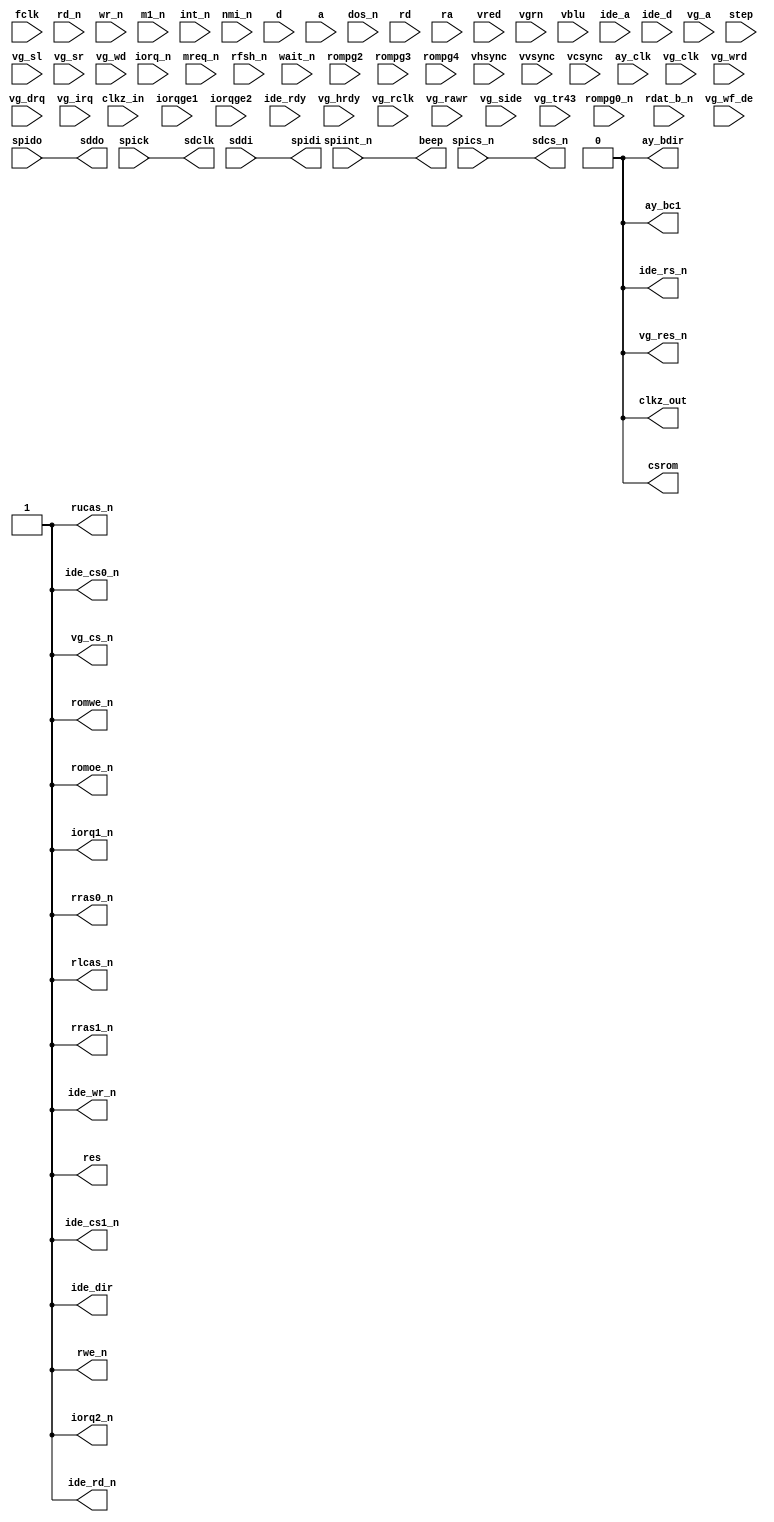
module main(

//--Input/Output Definition----------------------------------------------------

    // clocks
    input fclk,
    output clkz_out,
    input clkz_in,

    // z80
    input iorq_n,
    input mreq_n,
    input rd_n,
    input wr_n,
    input m1_n,
    input rfsh_n,
    input int_n,
    input nmi_n,
    input wait_n,
    output res,

    input [7:0] d,
    input [15:0] a,

    // zxbus and related
    output csrom,
    output romoe_n,
    output romwe_n,

    input rompg0_n,
    input dos_n, // aka rompg1
    input rompg2,
    input rompg3,
    input rompg4,

    input iorqge1,
    input iorqge2,
    output iorq1_n,
    output iorq2_n,

    // DRAM
    input [15:0] rd,
    input [9:0] ra,
    output rwe_n,
    output rucas_n,
    output rlcas_n,
    output rras0_n,
    output rras1_n,

    // video
    input [1:0] vred,
    input [1:0] vgrn,
    input [1:0] vblu,

    input vhsync,
    input vvsync,
    input vcsync,

    // AY control and audio/tape
    input ay_clk,
    output ay_bdir,
    output ay_bc1,

    output beep,

    // IDE
    input [2:0] ide_a,
    input [15:0] ide_d,

    output ide_dir,

    input ide_rdy,

    output ide_cs0_n,
    output ide_cs1_n,
    output ide_rs_n,
    output ide_rd_n,
    output ide_wr_n,

    // VG93 and diskdrive
    input vg_clk,

    output vg_cs_n,
    output vg_res_n,

    input vg_hrdy,
    input vg_rclk,
    input vg_rawr,
    input [1:0] vg_a, // disk drive selection
    input vg_wrd,
    input vg_side,

    input step,
    input vg_sl,
    input vg_sr,
    input vg_tr43,
    input rdat_b_n,
    input vg_wf_de,
    input vg_drq,
    input vg_irq,
    input vg_wd,

    // serial links (atmega-fpga, sdcard)
    output sdcs_n,
    output sddo,
    output sdclk,
    input sddi,

    input spics_n,
    input spick,
    input spido,
    output spidi,
    input spiint_n
);

//--Dummy----------------------------------------------------------------------

    assign iorq1_n = 1'b1;
    assign iorq2_n = 1'b1;

    assign res= 1'b1;

    assign rwe_n   = 1'b1;
    assign rucas_n = 1'b1;
    assign rlcas_n = 1'b1;
    assign rras0_n = 1'b1;
    assign rras1_n = 1'b1;

    assign ay_bdir = 1'b0;
    assign ay_bc1  = 1'b0;

    assign vg_cs_n  = 1'b1;
    assign vg_res_n = 1'b0;

    assign ide_dir=1'b1;
    assign ide_rs_n = 1'b0;
    assign ide_cs0_n = 1'b1;
    assign ide_cs1_n = 1'b1;
    assign ide_rd_n = 1'b1;
    assign ide_wr_n = 1'b1;

    assign clkz_out = 1'b0;

    assign csrom = 1'b0;
    assign romoe_n = 1'b1;
    assign romwe_n = 1'b1;

//--Main wires-----------------------------------------------------------------

    assign sdclk  = spick;
    assign sddo   = spido;
    assign spidi  = sddi;
    assign sdcs_n = spics_n;
    assign beep   = spiint_n;

endmodule